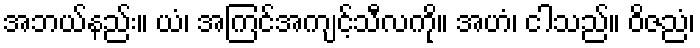
အဘယ်နည်း။ ယံ၊ အကြင်အကျင့်သီလကို။ အဟံ၊ ငါသည်။ ဝိဇညံ၊